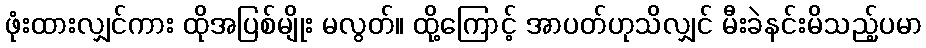
ဖုံးထားလျှင်ကား ထိုအပြစ်မျိုး မလွတ်။ ထို့ကြောင့် အာပတ်ဟုသိလျှင် မီးခဲနင်းမိသည့်ပမာ